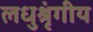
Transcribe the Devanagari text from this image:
लधुश्रृंगीय